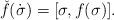
LaTeX: \begin{align*} \check f(\dot\sigma)=[\sigma,f(\sigma)].\end{align*}